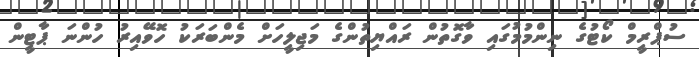
ސުޕްރީމް ކޯޓުގެ ނިންމުމުގައި ވާގޮތުން ރައްޔިތުންގެ މަޖިލީހަށް މެންބަރަކު ހޮވޭއިރު ހުންނަ ޕާޓީން